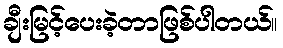
ချီးမြင့်ပေးခဲ့တာဖြစ်ပါတယ်။